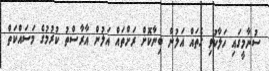
ސުނާމީގައި ހަލާކުވި ގެތައް އަލުން ބިނާކޮށް ރަށްތައް އަލުން އާރާސްތު ކުރުމުގެ މަސައްކަތް